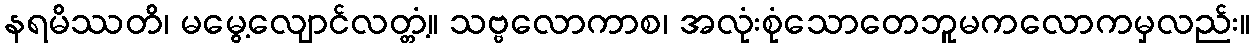
နရမိဿတိ၊ မမွေ့လျောင်လတ္တံ့။ သဗ္ဗလောကာစ၊ အလုံးစုံသောတေဘူမကလောကမှလည်း။